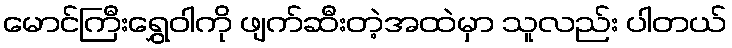
မောင်ကြီးရွှေဝါကို ဖျက်ဆီးတဲ့အထဲမှာ သူလည်း ပါတယ်